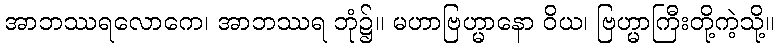
အာဘဿရလောကေ၊ အာဘဿရ ဘုံ၌။ မဟာဗြဟ္မာနော ဝိယ၊ ဗြဟ္မာကြီးတို့ကဲ့သို့။